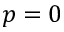
p = 0